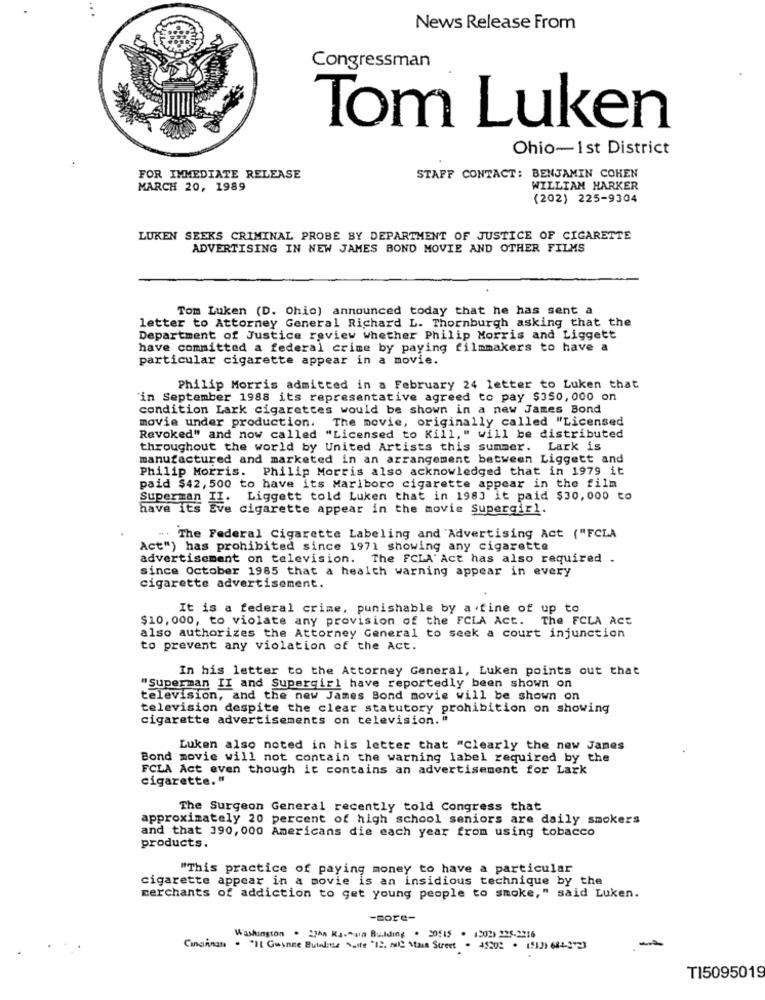
News Release From
Congressman
Tom Luken
Ohio-1st District
FOR IMMEDIATE RELEASE
STAFF CONTACT: BENJAMIN COHEN
MARCH 20, 1989
WILLIAM HARKER
(202) 225-9304
LUKEN SEEKS CRIMINAL PROBE BY DEPARTMENT OF JUSTICE OF CIGARETTE
ADVERTISING IN NEW JAMES BOND MOVIE AND OTHER FILMS
Tom Luken (D. Ohio) announced today that he has sent a
letter to Attorney General Richard L. Thornburgh asking that the
Department of Justice review whether Philip Morris and Liggett
have committed a federal crime by paying filmmakers to have a
particular cigarette appear in a movie.
Philip Morris admitted in a February 24 letter to Luken that
in September 1988 its representative agreed to pay $350,000 on
condition Lark cigarettes would be shown in a new James Bond
movie under production. The movie, originally called "Licensed
Revoked" and now called "Licensed to Kill," will be distributed
throughout the world by United Artists this summer. Lark is
manufactured and marketed in an arrangement between Liggett and
Philip Morris. Philip Morris also acknowledged that in 1979 it
paid $42, 500 to have its Marlboro cigarette appear in the film
Superman II
Liggett told Luken that in 1983 it paid $30,000 to
have ItS Eve
cigarette appear in the movie Supergirl.
". The Federal Cigarette Labeling and Advertising Act ("FCLA
Act") has prohibited since 1971 showing any cigarette
advertisement on television. The FCLA' Act has also required .
since October 1985 that a health warning appear in every
cigarette advertisement.
It is a federal crime, punishable by a fine of up to
$10, 000, to violate any provision of the FCLA Act. The FCLA ACE
also authorizes the Attorney General to seek a court injunction
to prevent any violation of the Act.
In his letter to the Attorney General, Luken points out that
"Superman II and Supergirl have reportedly been shown on
television, and the new James Bond movie will be shown on
television despite the clear statutory prohibition on showing
cigarette advertisements on television. "
Luken also noted in his letter that "Clearly the new James
Bond movie will not contain the warning label required by the
FCLA Act even though it contains an advertisement for Lark
cigarette."
The Surgeon General recently told Congress that
approximately 20 percent of high school seniors are daily smokers
and that 390, 000 Americans die each year from using tobacco
products.
"This practice of paying money to have a particular
cigarette appear in a movie is an insidious technique by the
merchants of addiction to get young people to smoke," said Luken.
-more-
Washington . 23hn Ka-Para Building . 30515 . 1202) 225-2216
Cincinnati . "Il Guance Butalies Suite "12. MC Main Street . 45302 . 1917) 684-2723
T15095019